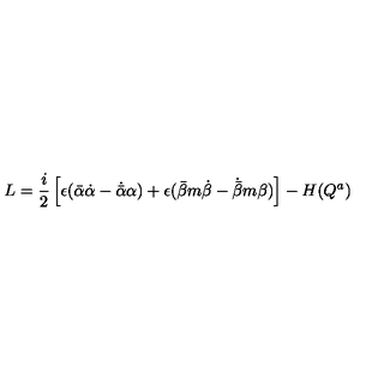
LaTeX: L = \frac { i } { 2 } \left[ \epsilon ( { \bar { \alpha } } \dot { \alpha } - \dot { \bar { \alpha } } \alpha ) + \epsilon ( { \bar { \beta } } m \dot { \beta } - \dot { \bar { \beta } } m \beta ) \right] - H ( Q ^ { a } )